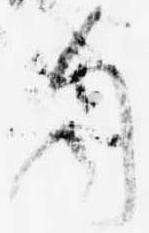
自